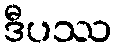
ဒီပဿ